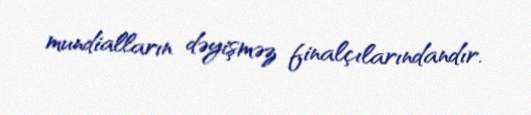
mundialların dəyişməz finalçılarındandır.